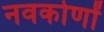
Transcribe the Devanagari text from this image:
नवकोणों